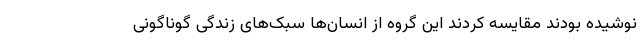
نوشیده بودند مقایسه کردند این گروه از انسان‌ها سبک‌های زندگی گوناگونی